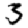
Digit: 3